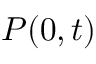
P ( 0 , t )